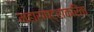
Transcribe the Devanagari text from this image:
महाराष्ट्राकरिता